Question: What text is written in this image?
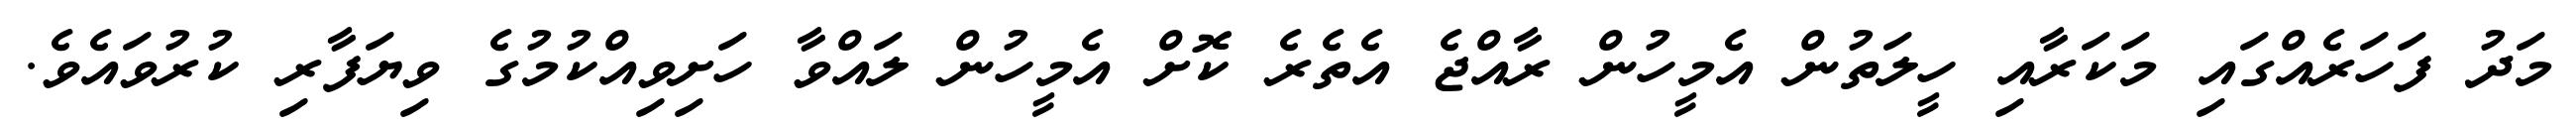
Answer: މަދު ފަހަރެއްގައި މަކަރާއި ހީލަތުން އެމީހުން ރާއްޖެ އެތެރެ ކޮށް އެމީހުން ލައްވާ ހަށިވިއްކުމުގެ ވިޔަފާރި ކުރުވައެވެ.